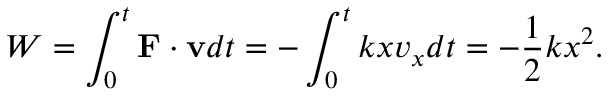
W = \int _ { 0 } ^ { t } \mathbf { F } \cdot \mathbf { v } d t = - \int _ { 0 } ^ { t } k x v _ { x } d t = - { \frac { 1 } { 2 } } k x ^ { 2 } .